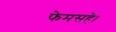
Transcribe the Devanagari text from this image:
फेमसहै।